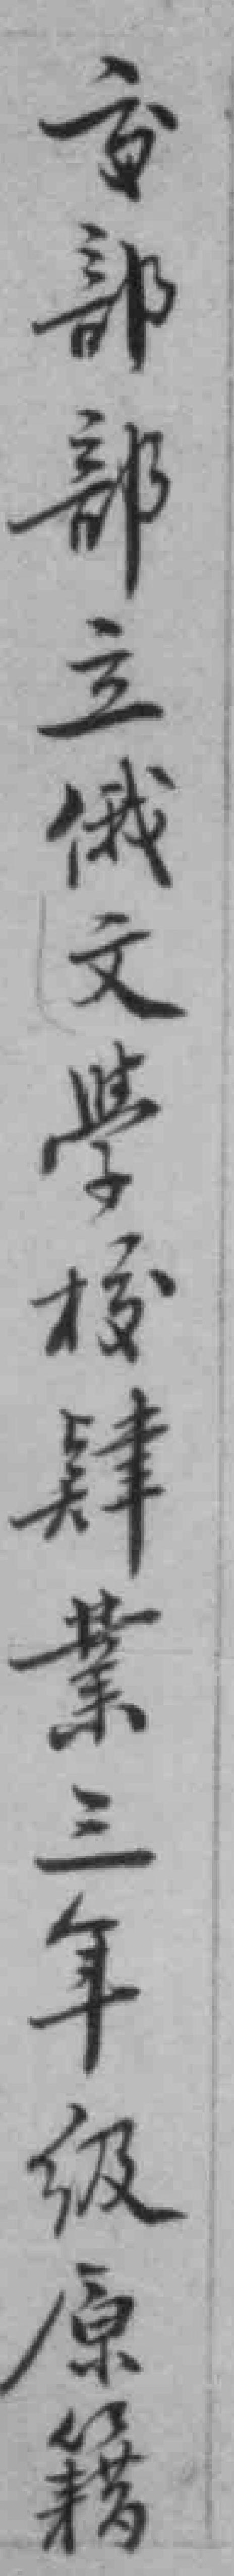
交部部立俄文學校肄業三年级原籍